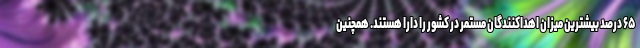
۶۵ درصد بیشترین میزان اهداکنندگان مستمر در کشور را دارا هستند. همچنین